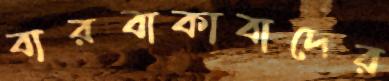
বারবাকাবাদের